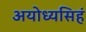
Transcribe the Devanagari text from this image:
अयोध्यसिहं